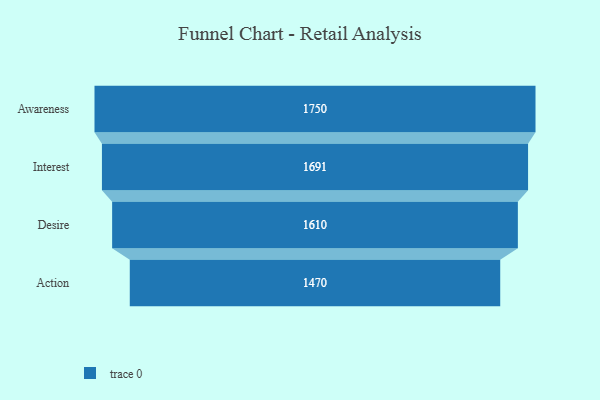
{"axis": {"x": "Stage", "y": "Value"}, "legend": [""], "data": [{"x": "Awareness", "y": 1750.0, "type": ""}, {"x": "Interest", "y": 1691.0, "type": ""}, {"x": "Desire", "y": 1610.0, "type": ""}, {"x": "Action", "y": 1470.0, "type": ""}]}